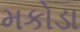
મકોડા